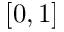
[ 0 , 1 ]